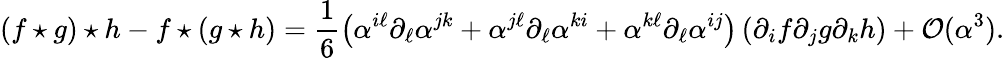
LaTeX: \left(f\star g\right)\star h-f\star\left(g\star h\right)=\frac{1}{6}\left(\alpha^{i\ell}\partial_{\ell}\alpha^{jk}+\alpha^{j\ell}\partial_{\ell}\alpha^{ki}+\alpha^{k\ell}\partial_{\ell}\alpha^{ij}\right)\left(\partial_{i}f\partial_{j}g\partial_{k}h\right)+\mathcal{O}(\alpha^{3}).